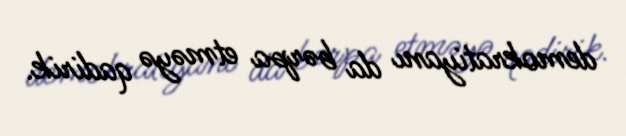
demokratiyanı da bərpa etməyə qadirik.